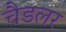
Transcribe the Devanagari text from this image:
चैडलर